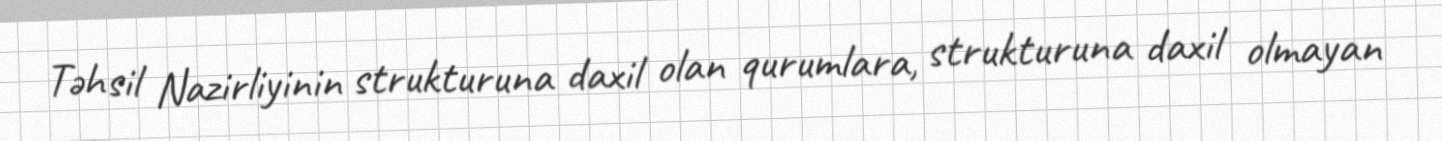
Təhsil Nazirliyinin strukturuna daxil olan qurumlara, strukturuna daxil olmayan